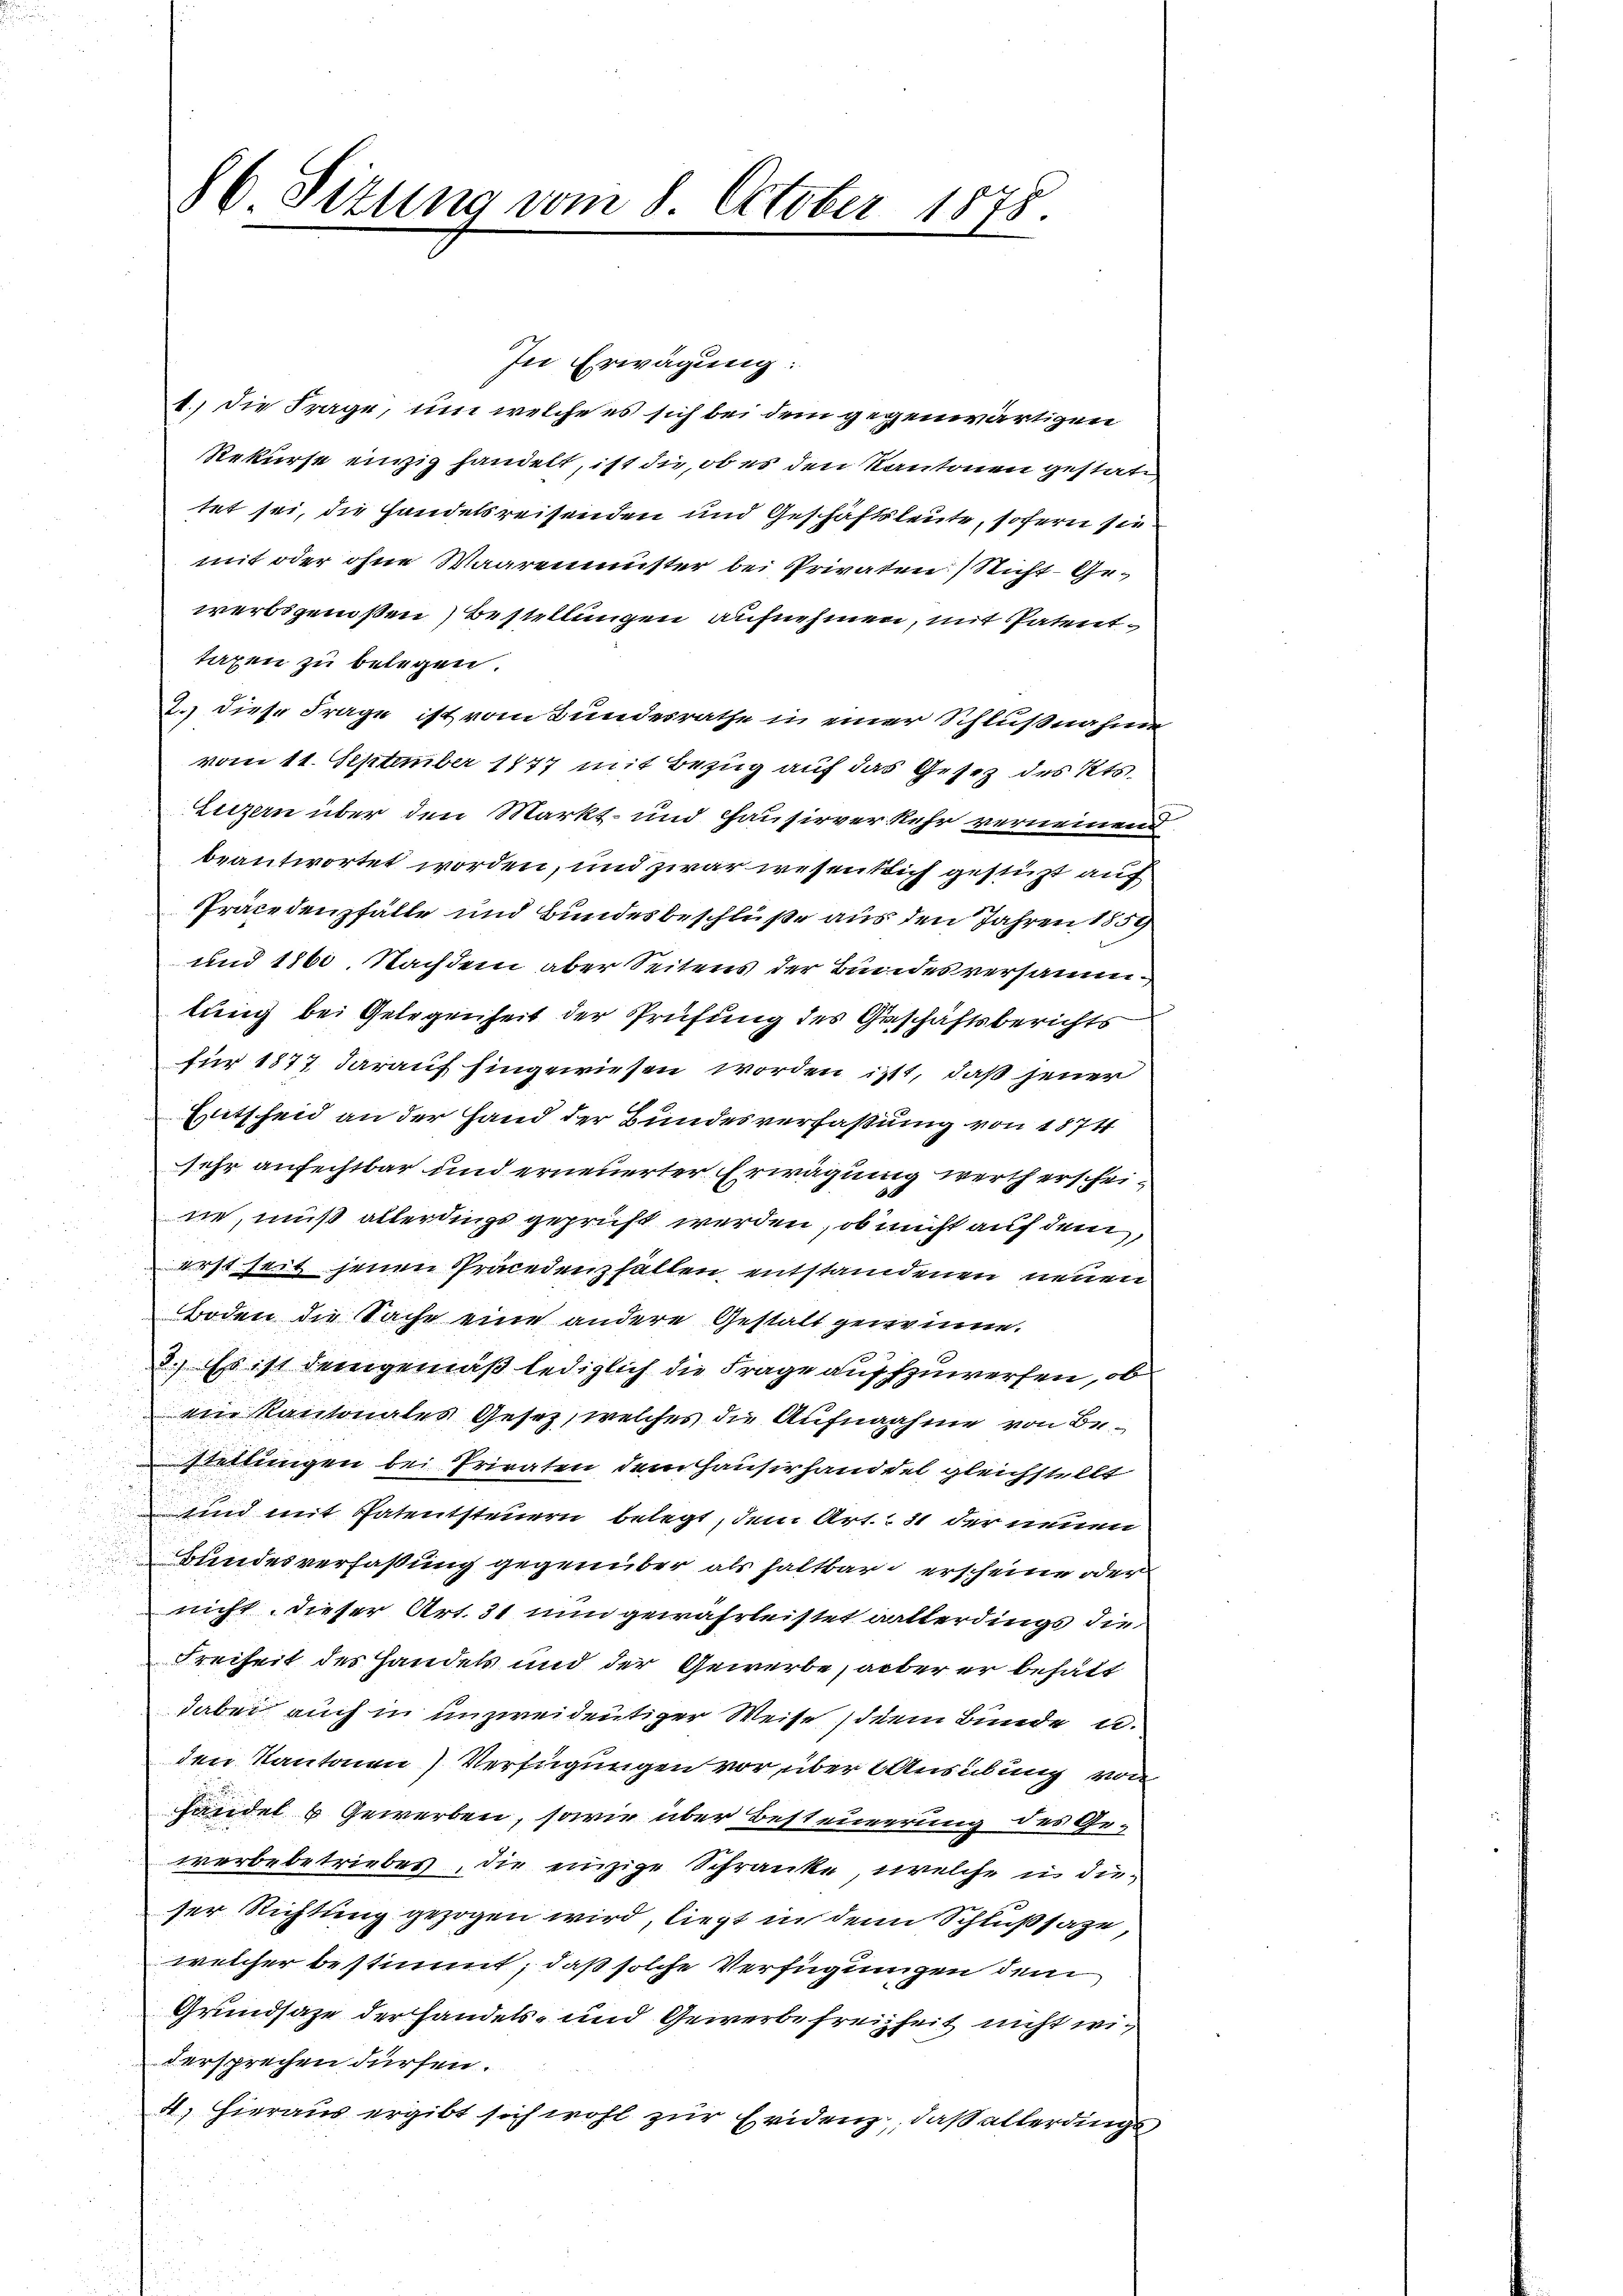
86. Sizung vom 8. October 1878.

In Erwägung:
1.) Die Frage, um welche es sich bei dem gegenwärtigen
Rekurse einzig handelt, ist die, ob es den Kantonen gestattet sei, die Handelsreisenden und Geschäftsleute, sofern sie
mit oder ohne Waaremuster bei Privaten Nicht- Gewerbsgenoßen Bestellungen aufnehmen, mit Patenttaxen zu belegen.
2.) Diese Frage ist vom Bundesrathe in einer Schlußnahme
vom 11. September 1847 mit Bezug auf das Gesetz des Kts.
Luzern über den Markt- und Hausirverkehr verneinend
beantwortet worden, und zwar wesentlich gestüzt auf
Präcedenzfälle und Bundesbeschlüße aus den Jahren 1859
und 1861, Nachdem aber Seitens der Bundesversammtung bei Gelegenheit der Prüfung des Geschäftsberichts
für 1877 darauf hingewiesen worden ist, daß jener
Witscheid an der Hand der Bundesverfaßung von 1874
sehr anfechtbar und erneuerter Erwägung werth erscheine, muß allerdings geprüft werden, ob nicht auf dem
erst seit jenen Präcedenzfällen, entstandenen neuen
Boden die Sache eine andere Gestalt gewinne.
2.) Es ist demgemäß lediglich die Frage aufzuwerfen, ob
ein Kantonales Gesetz, welches die Aufnahme von Bestellungen bei Privaten dem Hausirhanddel gleichstellt
sind mit Patentsteuern belegt, dem Art. 31 der neuen
Bundesverfaßung gegenüber als haltbar erscheine oder
nicht, dieser Art. 31 nun gewährleistet allerdings die
Freiheit des Handels und der Gewerbe, aber er behalt
dabei auch in unzweideutiger Weise dem Bunde unden Kantonen Verfügungen vor über Ausübung von
handel 6 Gewerben, sowie über Besteuerung des Ge-
werbebetriebes, die einzige Schranke, welche in dieser Richtung gezogen wird, liegt in den Schlußsaze,
welcher bestimmt, daß solche Verfügungen dem
Grundsaze der Handels- und Gewerbefreiheit nicht wi
dersprechen dürfen.
4) Hieraus ergibt sich wohl zur Evidenz, daß allerdings